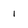
Character: 1